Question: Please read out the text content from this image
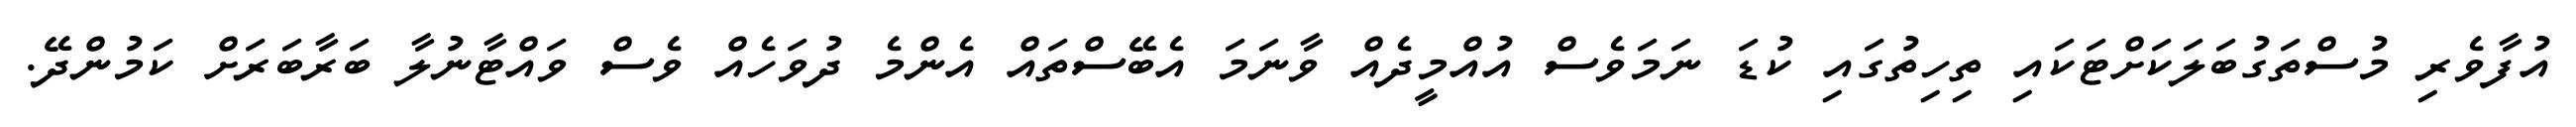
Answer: އުފާވެރި މުސްތަގުބަލަކަށްޓަކައި ތިހިތުގައި ކުޑަ ނަމަވެސް އުއްމީދެއް ވާނަމަ އެބޭސްތައް އެންމެ ދުވަހެއް ވެސް ވައްޓާނުލާ ބަރާބަރަށް ކަމުންދޭ.